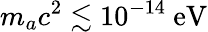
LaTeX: m_{a}c^{2}\lesssim 10^{-14}~\mathrm{eV}